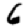
Digit: 6